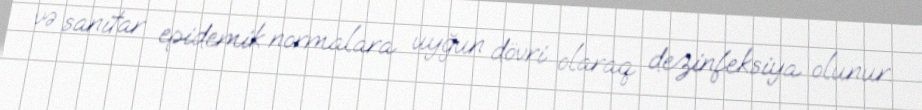
və sanitar epidemik normalara uyğun dövri olaraq dezinfeksiya olunur.